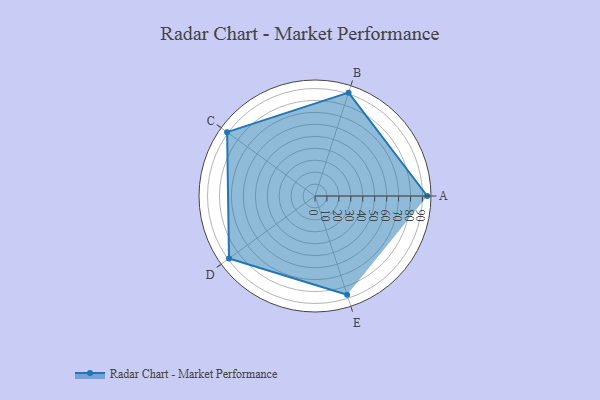
{"axis": {"x": "Skill", "y": "Score"}, "legend": ["Profile"], "data": [{"x": "A", "y": 94.0, "type": "Profile"}, {"x": "B", "y": 91.0, "type": "Profile"}, {"x": "C", "y": 91.0, "type": "Profile"}, {"x": "D", "y": 89.0, "type": "Profile"}, {"x": "E", "y": 87.0, "type": "Profile"}]}